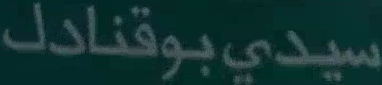
سيدی-بوقنادل